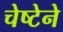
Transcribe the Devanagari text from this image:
चेष्टेने